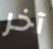
آخر